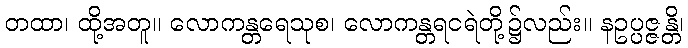
တထာ၊ ထို့အတူ။ လောကန္တရေသုစ၊ လောကန္တရငရဲတို့၌လည်း။ နဥပ္ပဇ္ဇန္တိ၊